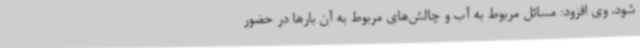
شود. وی افزود: مسائل مربوط به آب و چالش‌های مربوط به آن بارها در حضور